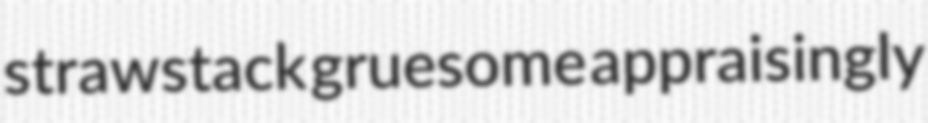
strawstack gruesome appraisingly